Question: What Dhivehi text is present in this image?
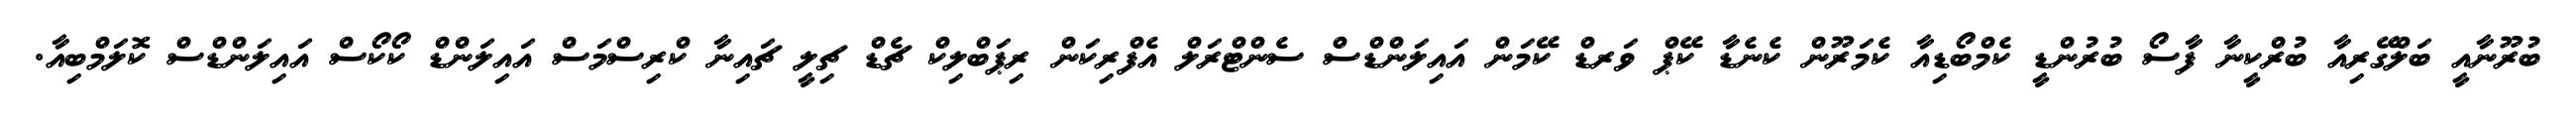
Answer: ބުރޫނާއީ ބަލްގޭރިއާ ބުރްކީނާ ފާސޯ ބުރުންޑީ ކެމްބޯޑިއާ ކެމަރޫން ކެނެޑާ ކޭޕް ވަރޑް ކޭމަން އައިލަންޑްސް ސެންޓްރަލް އެފްރިކަން ރިޕަބްލިކް ޗެޑް ޗިލީ ޗައިނާ ކްރިސްމަސް އައިލަންޑް ކޯކޯސް އައިލަންޑްސް ކޮލަމްބިއާ.